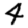
Digit: 4